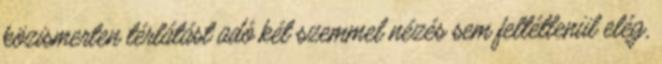
közismerten térlátást adó két szemmel nézés sem feltétlenül elég,